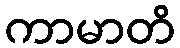
ကာမာတိ